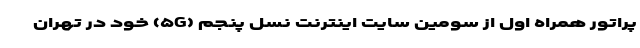
پراتور همراه اول از سومین سایت اینترنت نسل پنجم (۵G) خود در تهران